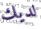
لديك